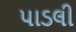
પાડલી